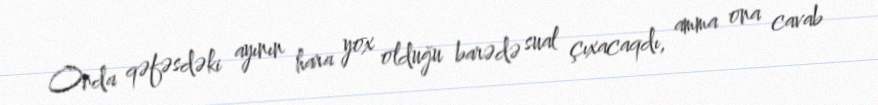
Onda qəfəsdəki ayının hara yox olduğu barədə sual çıxacaqdı, amma ona cavab